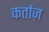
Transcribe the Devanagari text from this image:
कर्ताज़